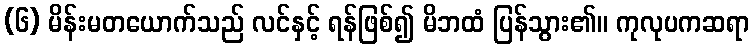
(၆) မိန်းမတယောက်သည် လင်နှင့် ရန်ဖြစ်၍ မိဘထံ ပြန်သွား၏။ ကုလုပကဆရာ